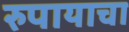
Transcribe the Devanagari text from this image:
रुपायाचा